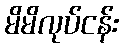
မိမိလုပ်ငန်း